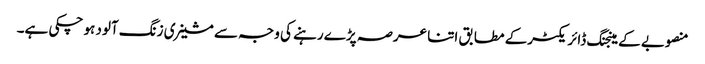
منصوبے کے مینجنگ ڈائریکٹرکے مطابق اتنا عرصہ پڑے رہنے کی وجہ سے مشینری زنگ آلود ہو چکی ہے۔